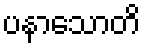
ပနာသောတိ